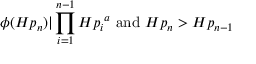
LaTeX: \phi ( H p _ { n } ) | \prod _ { i = 1 } ^ { n - 1 } { H p _ { i } } ^ { a } { \mathrm { ~ a n d ~ } } H p _ { n } > H p _ { n - 1 }